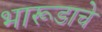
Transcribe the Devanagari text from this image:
भारूडाचे